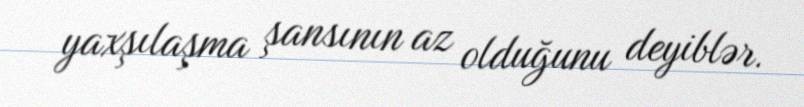
yaxşılaşma şansının az olduğunu deyiblər.